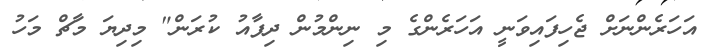
އަހަރެންނަށް ޖެހިފައިވަނީ އަހަރެންގެ މި ނިންމުން ދިފާއު ކުރަން" މިދިޔަ މާޗް މަހު